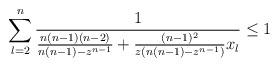
LaTeX: \begin{align*}\sum _{l=2}^n\frac{1}{\frac{n(n-1)(n-2)}{n(n-1)-z^{n-1}}+\frac{(n-1)^2}{z(n(n-1)-z^{n-1})}x_l}\le 1\end{align*}